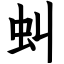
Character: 虯